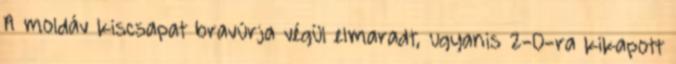
A moldáv kiscsapat bravúrja végül elmaradt, ugyanis 2-0-ra kikapott